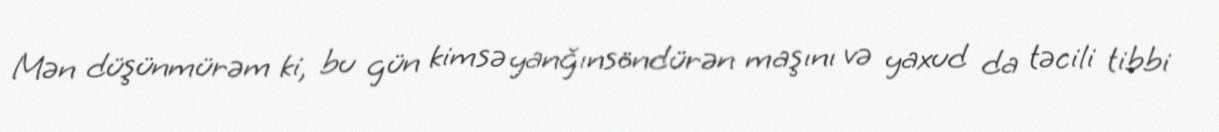
Mən düşünmürəm ki, bu gün kimsə yanğınsöndürən maşını və yaxud da təcili tibbi